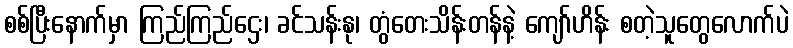
စစ်ပြီးနောက်မှာ ကြည်ကြည်ဌေး၊ ခင်သန်းနု၊ တွံတေးသိန်းတန်နဲ့ ကျော်ဟိန်း စတဲ့သူတွေလောက်ပဲ